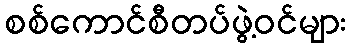
စစ်ကောင်စီတပ်ဖွဲ့ဝင်များ